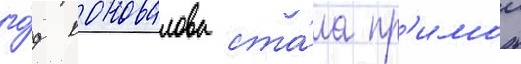
го́д коновалова ста́ла пр'имои